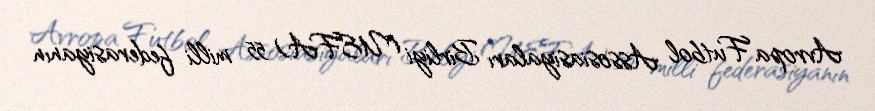
Avropa Futbol Assosiasiyaları Birliyi (UEFA) 55 milli federasiyanın